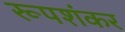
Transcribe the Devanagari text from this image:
रूपशंकर